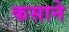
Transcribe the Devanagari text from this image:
कसाने